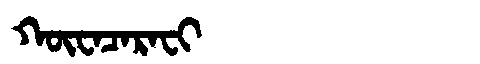
Manchu: ᡴᡡᠸᠠᠴᠠᡵᠠᠸᡳ
Romanization: KŪWACARAFI